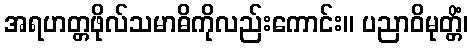
အရဟတ္တဖိုလ်သမာဓိကိုလည်းကောင်း။ ပညာဝိမုတ္တိံ၊